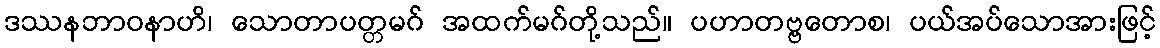
ဒဿနဘာဝနာဟိ၊ သောတာပတ္တမဂ် အထက်မဂ်တို့သည်။ ပဟာတဗ္ဗတောစ၊ ပယ်အပ်သောအားဖြင့်